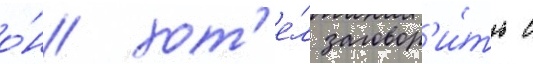
о́н хот'е́л заговор'и́ть с